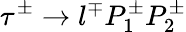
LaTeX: \tau^{\pm}\to l^{\mp}P_{1}^{\pm}P_{2}^{\pm}